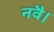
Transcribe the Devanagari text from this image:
नवै।